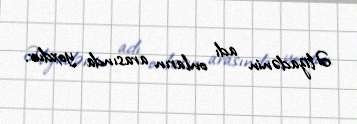
Əlizadənin adı onların arasında yoxdur.